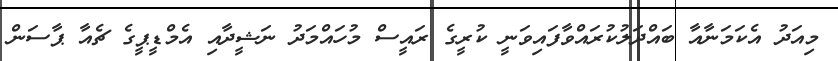
މިއަދު އެކަމަނާއާ ބައްދަލުކުރައްވާފައިވަނީ ކުރީގެ ރައީސް މުހައްމަދު ނަޝީދާއި އެމްޑީޕީގެ ޗެއާ ޕާސަން